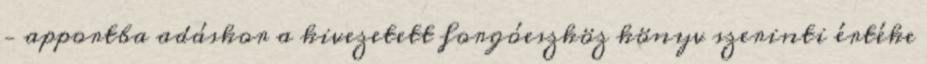
– apportba adáskor a kivezetett forgóeszköz könyv szerinti értéke